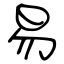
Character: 易